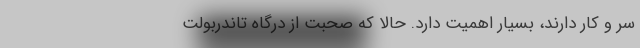
سر و کار دارند، بسیار اهمیت دارد. حالا که صحبت از درگاه تاندربولت